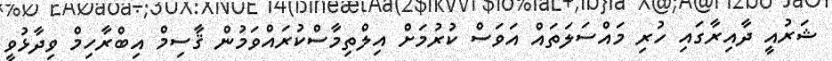
ޝަރުއީ ދާއިރާގައި ހުރި މައްސަލަތައް އަވަސް ކުރުމަށް އިލްތިމާސްކުރައްވަމުން ޤާސިމް އިބްރާހިމް ވިދާޅުވީ